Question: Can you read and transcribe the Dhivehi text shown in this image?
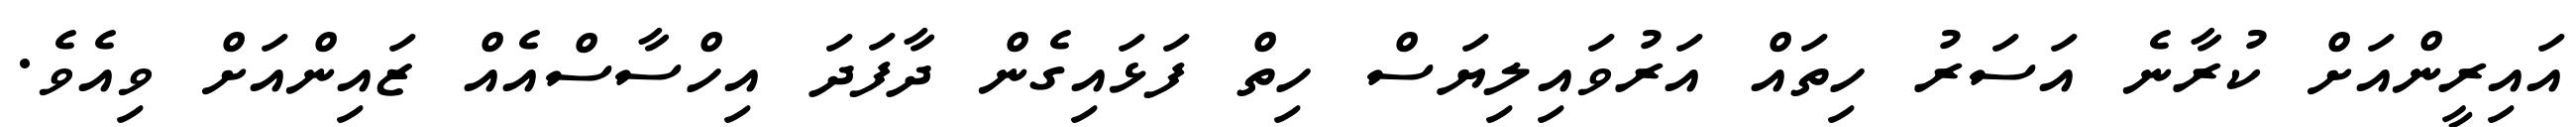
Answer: އައިރީންއަށް ކުރާނެ އަސަރު ހިތައް އަރުވައިލިޔަސް ހިތް ފަޅައިގެން ދާފަދަ އިހްސާސްއެއް ޒައިންއަށް ވިއެވެ.